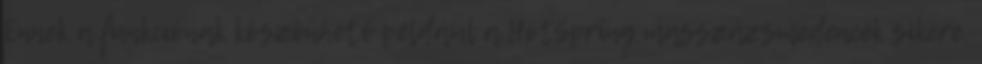
Ennek a funkciónak köszönhető például a HotSpring masszázsmedencék sikere.